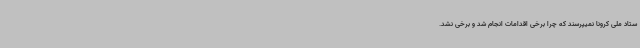
ستاد ملی کرونا نمیپرسند که چرا برخی اقدامات انجام شد و برخی نشد.